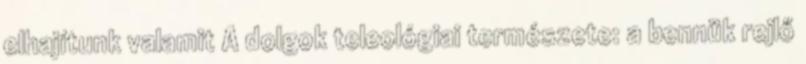
elhajítunk valamit A dolgok teleológiai természete: a bennük rejlő